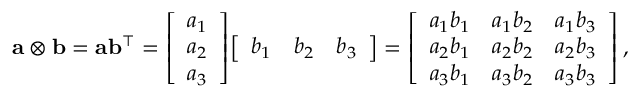
\mathbf { a } \otimes \mathbf { b } = \mathbf { a } \mathbf { b } ^ { \intercal } = { \left[ \begin{array} { l } { a _ { 1 } } \\ { a _ { 2 } } \\ { a _ { 3 } } \end{array} \right] } { \left[ \begin{array} { l l l } { b _ { 1 } } & { b _ { 2 } } & { b _ { 3 } } \end{array} \right] } = { \left[ \begin{array} { l l l } { a _ { 1 } b _ { 1 } } & { a _ { 1 } b _ { 2 } } & { a _ { 1 } b _ { 3 } } \\ { a _ { 2 } b _ { 1 } } & { a _ { 2 } b _ { 2 } } & { a _ { 2 } b _ { 3 } } \\ { a _ { 3 } b _ { 1 } } & { a _ { 3 } b _ { 2 } } & { a _ { 3 } b _ { 3 } } \end{array} \right] } \, ,